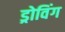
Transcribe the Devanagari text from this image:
ड्रोविंग